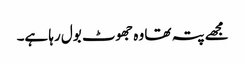
مجھے پتہ تھا وہ جھوٹ بول رہا ہے۔